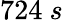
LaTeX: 724\ s